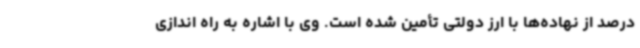
درصد از نهاده‌ها با ارز دولتی تأمین شده است. وی با اشاره به راه اندازی